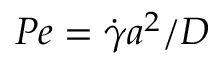
P e = \dot { \gamma } a ^ { 2 } / D